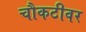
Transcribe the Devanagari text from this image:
चौकटीवर